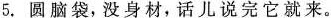
5.圆脑袋，没身材，话儿说完它就来。